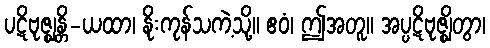
ပဋိဗုဇ္ဈန္တိ-ယထာ၊ နိုးကုန်သကဲ့သို့။ ဧဝံ၊ ဤအတူ။ အပ္ပဋိဗုဇ္ဈိတွာ၊